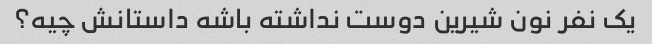
یک نفر نون شیرین دوست نداشته باشه داستانش چیه؟